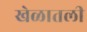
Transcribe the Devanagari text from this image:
खेळातली